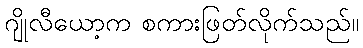
ဂျိုလီယော့က စကားဖြတ်လိုက်သည်။